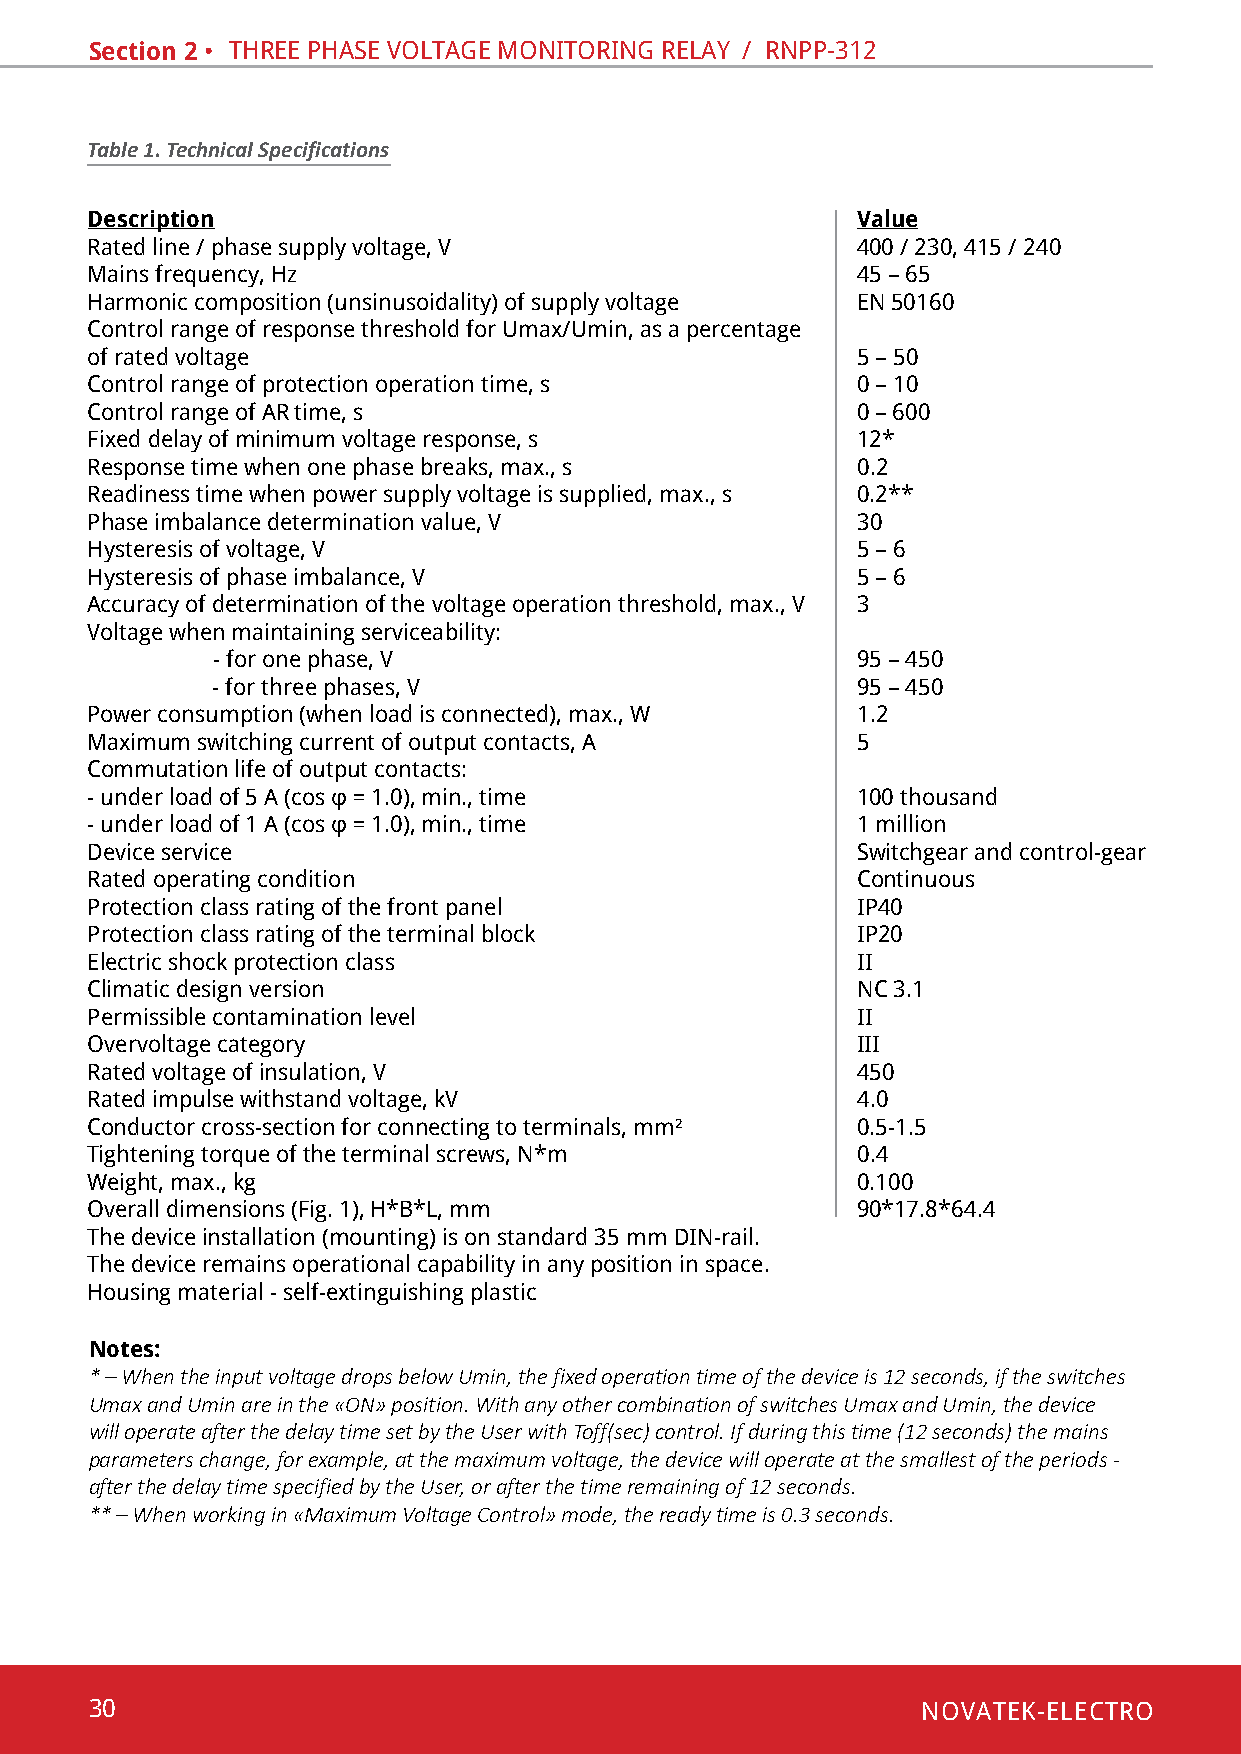
Section 2 • thRee phase voltaGe monitoRinG RelaY / Rnpp-312
 Table 1. Technical Specifications
 Description                                        Value
 Rated line / phase supply voltage, v               400 / 230, 415 / 240
 mains frequency, hz                                45 – 65
 harmonic composition (unsinusoidality) of supply voltage en 50160
 Control range of response threshold for Umax/Umin, as a percentage
 of rated voltage                                   5 – 50
 control range of protection operation time, s      0 – 10
 control range of aR time, s                        0 – 600
 Fixed delay of minimum voltage response, s         12*
 Response time when one phase breaks, max., s       0.2
 Readiness time when power supply voltage is supplied, max., s 0.2**
 phase imbalance determination value, v             30
 hysteresis of voltage, v                           5 – 6
 hysteresis of phase imbalance, v                   5 – 6
 Accuracy of determination of the voltage operation threshold, max., V 3
 voltage when maintaining serviceability:
 - for one phase, v                         95 – 450
 - for three phases, v                      95 – 450
 Power consumption (when load is connected), max., W 1.2
 Maximum switching current of output contacts, A    5
 commutation life of output contacts:
 - under load of 5 А (cos φ = 1.0), min., time      100 thousand
 - under load of 1 А (cos φ = 1.0), min., time      1 million
 device service                                     switchgear and control-gear
 Rated operating condition                          continuous
 protection class rating of the front panel         ip40
 protection class rating of the terminal block      ip20
 electric shock protection class                    ii
 climatic design version                            nc 3.1
 permissible contamination level                    ii
 overvoltage category                               iii
 Rated voltage of insulation, v                     450
 Rated impulse withstand voltage, kv                4.0
 conductor cross-section for connecting to terminals, mm² 0.5-1.5
 Tightening torque of the terminal screws, N*m      0.4
 Weight, max., kg                                   0.100
 Overall dimensions (Fig. 1), H*B*L, mm             90*17.8*64.4
 the device installation (mounting) is on standard 35 mm din-rail.
 the device remains operational capability in any position in space.
 Housing material - self-extinguishing plastic
 Notes:
 * – When the input voltage drops below Umin, the fixed operation time of the device is 12 seconds, if the switches
 Umax and Umin are in the «ON» position. With any other combination of switches Umax and Umin, the device
 will operate after the delay time set by the User with Тoff(sec) control. If during this time (12 seconds) the mains
 parameters change, for example, at the maximum voltage, the device will operate at the smallest of the periods -
 after the delay time specified by the User, or after the time remaining of 12 seconds.
 ** – When working in «Maximum Voltage Control» mode, the ready time is 0.3 seconds.
 30                                                     NOVATEK-ELECTRO